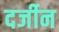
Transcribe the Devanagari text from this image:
दर्जीन